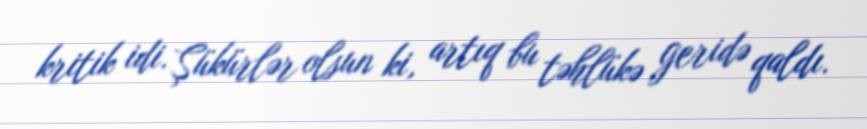
kritik idi. Şükürlər olsun ki, artıq bu təhlükə geridə qaldı.